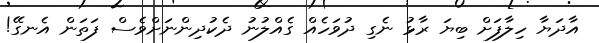
އާދަޔާ ހިލާފަށް ބިޔަ ރާޅު ނެގި ދުވަހެއް ގެއްލުނު ދެކުދިންނަށްވެސް ފަތަން އެނގޭ!